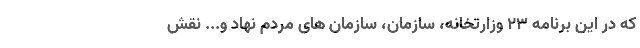
که در این برنامه ۲۳ وزارتخانه، سازمان، سازمان های مردم نهاد و... نقش